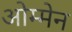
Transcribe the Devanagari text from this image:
ओम्मेन